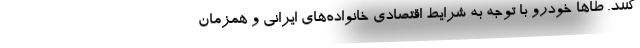
کنند. طاها خودرو با توجه به شرایط اقتصادی خانواده‌های ایرانی و همزمان